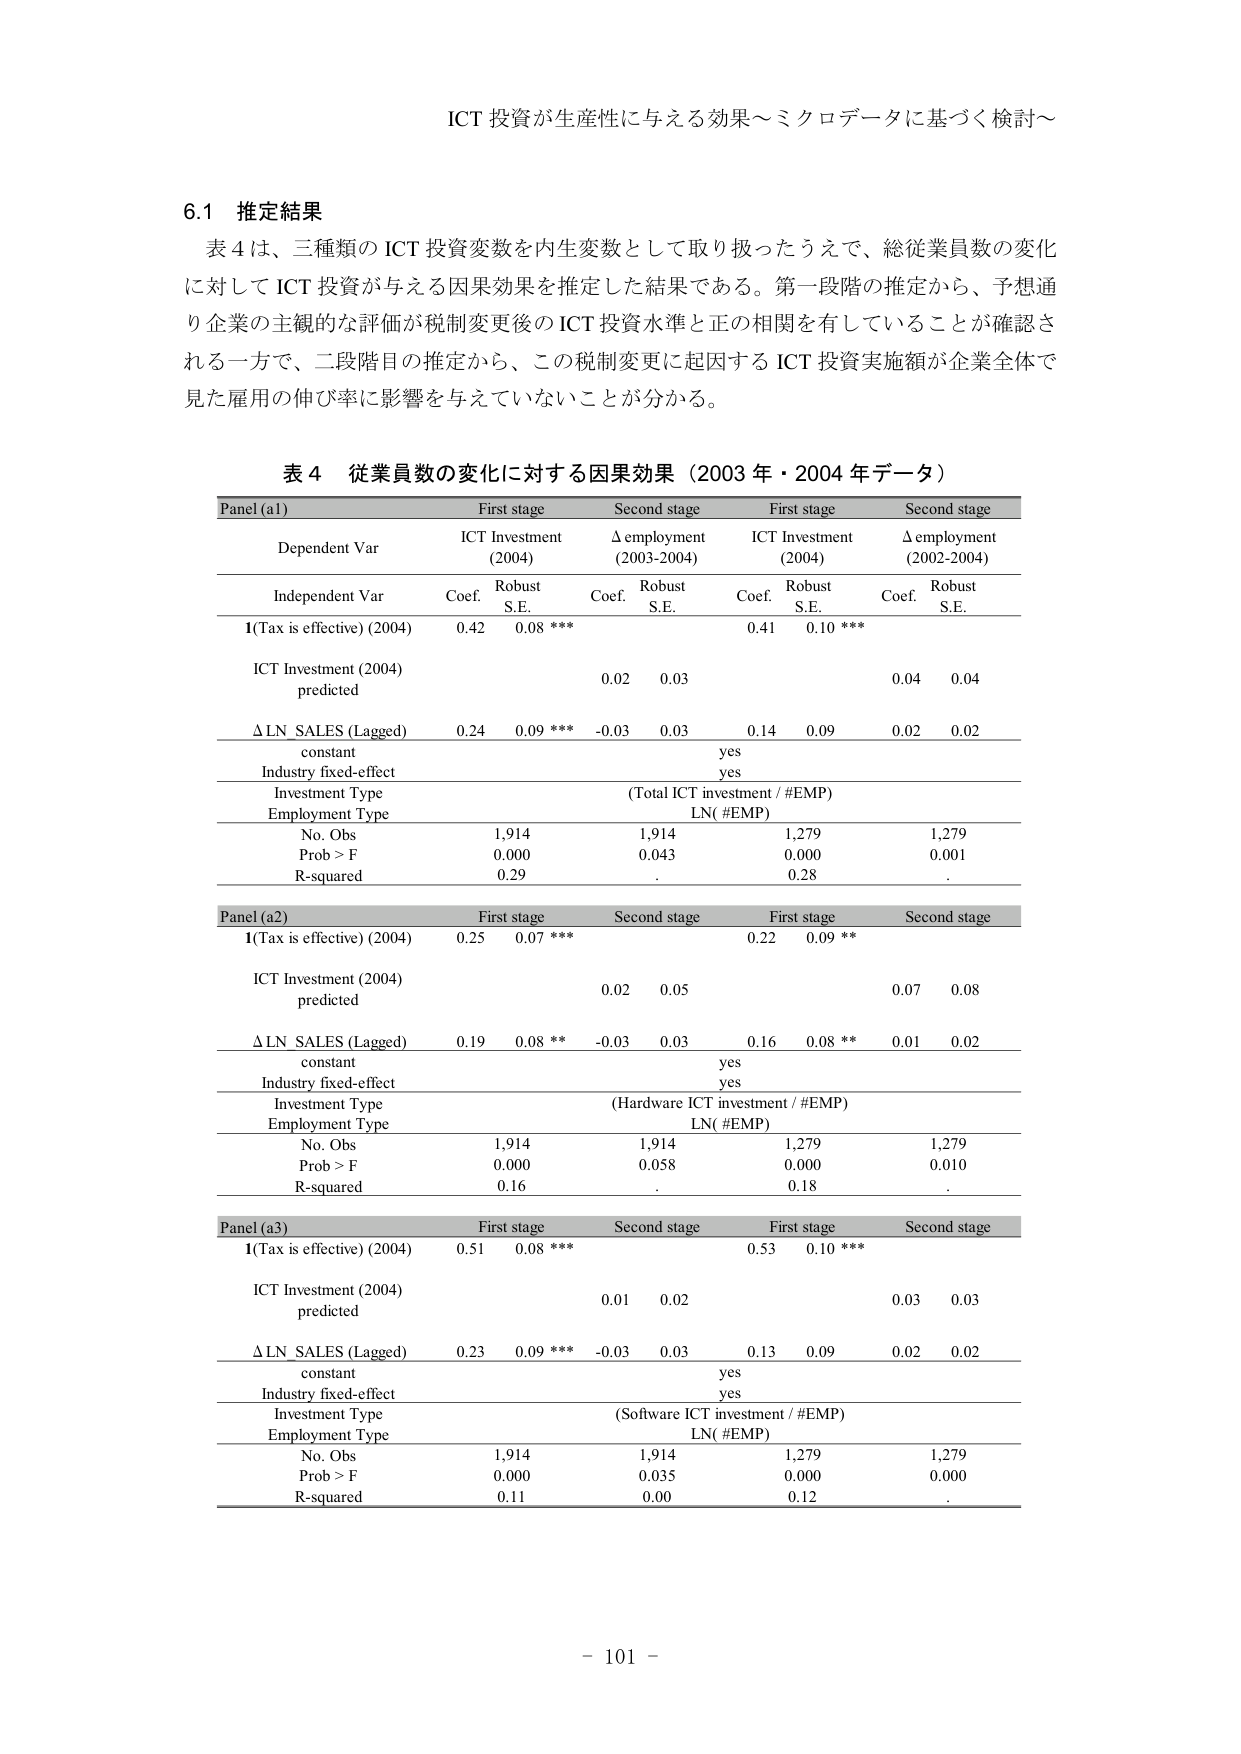
ICT 投資が生産性に与える効果～ミクロデータに基づく検討～

6.1 推定結果
表 4 は、三種類の ICT 投資変数を内生変数として取り扱ったうえで、総従業員数の変化
に対して ICT 投資が与える因果効果を推定した結果である。第一段階の推定から、予想通
り企業の主観的な評価が税制変更後の ICT 投資水準と正の相関を有していることが確認さ
れる一方で、二段階目の推定から、この税制変更に起因する ICT 投資実施額が企業全体で
見た雇用の伸び率に影響を与えていないことが分かる。

表 4 従業員数の変化に対する因果効果（2003 年・2004 年データ）
Panel (a1) First stage Second stage First stage Second stage
Dependent Var ICT Investment Δ employment ICT Investment Δ employment
(2004) (2003-2004) (2004) (2002-2004)
Independent Var Coef. Robust Coef. Robust Coef. Robust Coef. Robust
S.E. S.E. S.E. S.E.
I(Tax is effective) (2004) 0.42 0.08 *** 0.41 0.10 ***
ICT Investment (2004)
predicted 0.02 0.03 0.04 0.04
Δ LN SALES (Lagged) 0.24 0.09 *** -0.03 0.03 0.14 0.09 0.02 0.02
constant yes
Industry fixed-effect yes
Investment Type (Total ICT investment / #EMP)
Employment Type LN( #EMP)
No. Obs 1,914 1,914 1,279 1,279
Prob > F 0.000 0.043 0.000 0.001
R-squared 0.29. 0.28.

Panel (a2) First stage Second stage First stage Second stage
I(Tax is effective) (2004) 0.25 0.07 *** 0.22 0.09 **
ICT Investment (2004)
predicted 0.02 0.05 0.07 0.08
Δ LN SALES (Lagged) 0.19 0.08 ** -0.03 0.03 0.16 0.08 ** 0.01 0.02
constant yes
Industry fixed-effect yes
Investment Type (Hardware ICT investment / #EMP)
Employment Type LN( #EMP)
No. Obs 1,914 1,914 1,279 1,279
Prob > F 0.000 0.058 0.000 0.010
R-squared 0.16. 0.18.

Panel (a3) First stage Second stage First stage Second stage
I(Tax is effective) (2004) 0.51 0.08 *** 0.53 0.10 ***
ICT Investment (2004)
predicted 0.01 0.02 0.03 0.03
Δ LN SALES (Lagged) 0.23 0.09 *** -0.03 0.03 0.13 0.09 0.02 0.02
constant yes
Industry fixed-effect yes
Investment Type (Software ICT investment / #EMP)
Employment Type LN( #EMP)
No. Obs 1,914 1,914 1,279 1,279
Prob > F 0.000 0.035 0.000 0.000
R-squared 0.11 0.00 0.12.

- 101 -